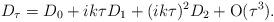
LaTeX: \begin{align*}D_{\tau} = D_{0} + ik\tau D_{1} + (ik\tau)^{2}D_{2} + \mathrm{O}(\tau^{3}).\end{align*}